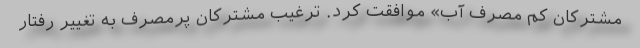
مشترکان کم مصرف آب» موافقت کرد. ترغیب مشترکان پرمصرف به تغییر رفتار